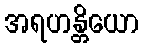
အရဟန္တိယော